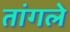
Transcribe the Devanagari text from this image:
तांगले